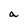
Character: a